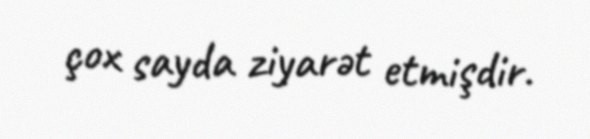
çox sayda ziyarət etmişdir.